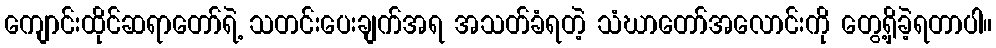
ကျောင်းထိုင်ဆရာတော်ရဲ့ သတင်းပေးချက်အရ အသတ်ခံရတဲ့ သံဃာတော်အလောင်းကို တွေ့ရှိခဲ့ရတာပါ။